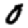
Digit: 0